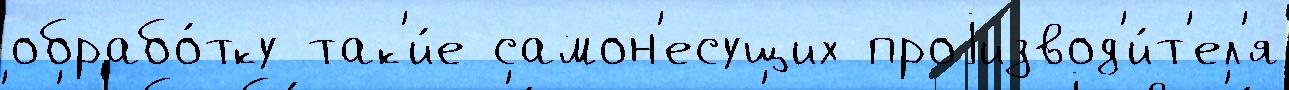
обрабо́тку так'и́е самон'есущих проjизвод'и́т'ел'я